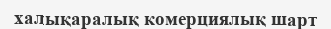
халықаралық комерциялық шарт